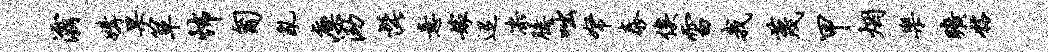
灞媾果箪怖匍乱廪泐髭意嫁迢漆臆咄帑泰俟雷我蔑甲烟乐旷髂